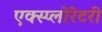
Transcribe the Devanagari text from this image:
एक्स्प्लोरेटरी